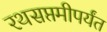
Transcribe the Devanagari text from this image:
रथसप्तमीपर्यंत